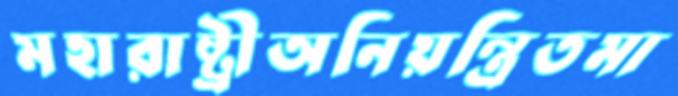
মহারাষ্ট্রীঅনিয়ন্ত্রিতমা